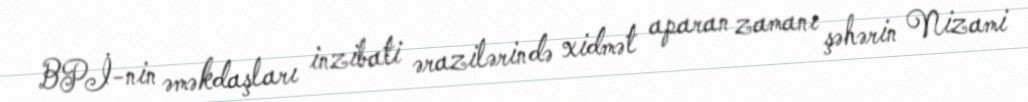
BPİ-nin əməkdaşları inzibati ərazilərində xidmət aparan zamanı şəhərin Nizami